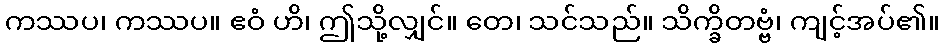
ကဿပ၊ ကဿပ။ ဧဝံ ဟိ၊ ဤသို့လျှင်။ တေ၊ သင်သည်။ သိက္ခိတဗ္ဗံ၊ ကျင့်အပ်၏။